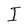
Character: I